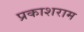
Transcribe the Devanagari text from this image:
प्रकाशराम